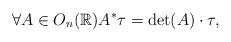
LaTeX: \begin{align*} \forall A\in O_n(\mathbb{R})A^*\tau=\det(A)\cdot\tau, \end{align*}